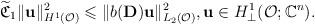
LaTeX: \begin{align*}\widetilde{\mathfrak C}_1 \Vert \mathbf{u}\Vert ^2_{H^1(\mathcal{O})}\leqslant \Vert b(\mathbf{D})\mathbf{u}\Vert ^2_{L_2(\mathcal{O})},\mathbf{u}\in H^1_\perp (\mathcal{O};\mathbb{C}^n).\end{align*}